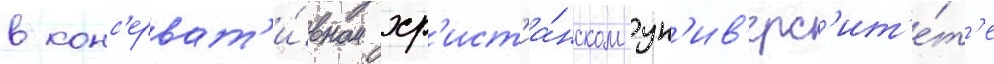
в конс'ерват'и́вном хр'ист'иа́нском ун'ив'ерс'ит'е́т'е